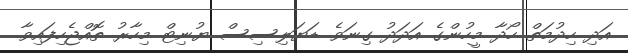
އަދި ހިދުމަތް ހޯދާ މީހުންގެ އަދަދު ގިނަވެ ޑަޔަލިސިސް ޔުނިޓް މިހާރު ތޮއްޖެހިފައިވާ